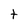
Character: t